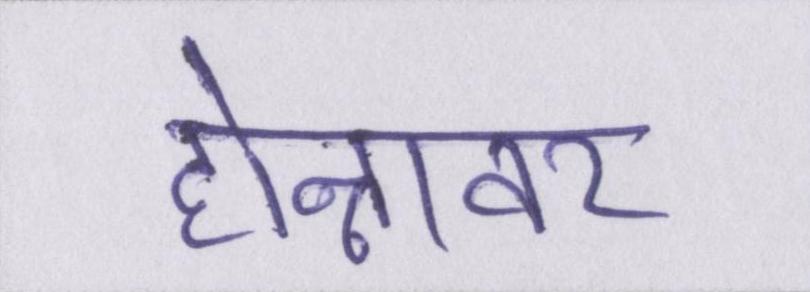
होन्नावर